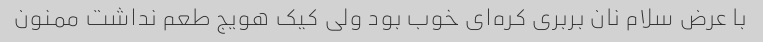
با عرض سلام نان بربری کره‌ای خوب بود ولی کیک هویج طعم نداشت ممنون